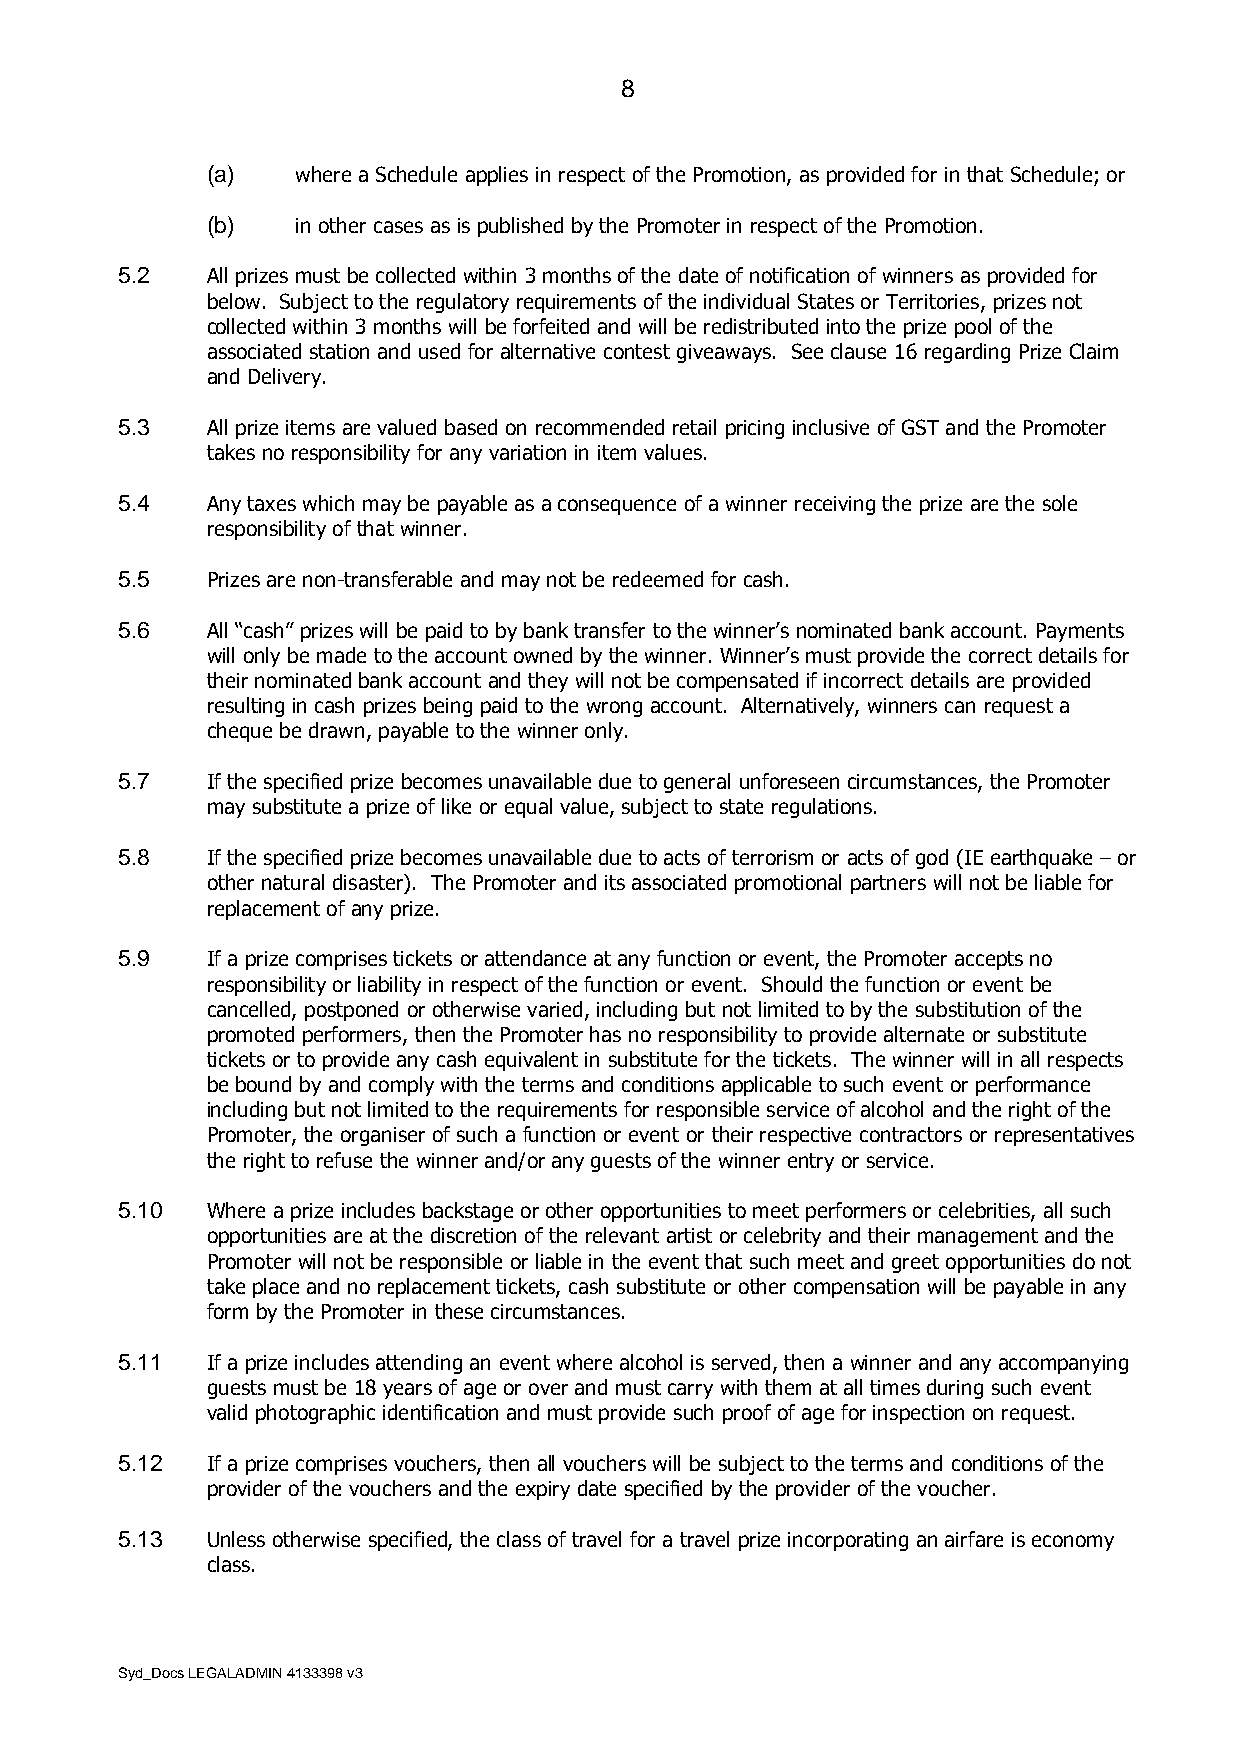
8
 (a)   where a Schedule applies in respect of the Promotion, as provided for in that Schedule; or
 (b)   in other cases as is published by the Promoter in respect of the Promotion.
 5.2   All prizes must be collected within 3 months of the date of notification of winners as provided for
 below. Subject to the regulatory requirements of the individual States or Territories, prizes not
 collected within 3 months will be forfeited and will be redistributed into the prize pool of the
 associated station and used for alternative contest giveaways. See clause 16 regarding Prize Claim
 and Delivery.
 5.3   All prize items are valued based on recommended retail pricing inclusive of GST and the Promoter
 takes no responsibility for any variation in item values.
 5.4   Any taxes which may be payable as a consequence of a winner receiving the prize are the sole
 responsibility of that winner.
 5.5   Prizes are non-transferable and may not be redeemed for cash.
 5.6   All “cash” prizes will be paid to by bank transfer to the winner’s nominated bank account. Payments
 will only be made to the account owned by the winner. Winner’s must provide the correct details for
 their nominated bank account and they will not be compensated if incorrect details are provided
 resulting in cash prizes being paid to the wrong account. Alternatively, winners can request a
 cheque be drawn, payable to the winner only.
 5.7   If the specified prize becomes unavailable due to general unforeseen circumstances, the Promoter
 may substitute a prize of like or equal value, subject to state regulations.
 5.8   If the specified prize becomes unavailable due to acts of terrorism or acts of god (IE earthquake – or
 other natural disaster). The Promoter and its associated promotional partners will not be liable for
 replacement of any prize.
 5.9   If a prize comprises tickets or attendance at any function or event, the Promoter accepts no
 responsibility or liability in respect of the function or event. Should the function or event be
 cancelled, postponed or otherwise varied, including but not limited to by the substitution of the
 promoted performers, then the Promoter has no responsibility to provide alternate or substitute
 tickets or to provide any cash equivalent in substitute for the tickets. The winner will in all respects
 be bound by and comply with the terms and conditions applicable to such event or performance
 including but not limited to the requirements for responsible service of alcohol and the right of the
 Promoter, the organiser of such a function or event or their respective contractors or representatives
 the right to refuse the winner and/or any guests of the winner entry or service.
 5.10  Where a prize includes backstage or other opportunities to meet performers or celebrities, all such
 opportunities are at the discretion of the relevant artist or celebrity and their management and the
 Promoter will not be responsible or liable in the event that such meet and greet opportunities do not
 take place and no replacement tickets, cash substitute or other compensation will be payable in any
 form by the Promoter in these circumstances.
 5.11  If a prize includes attending an event where alcohol is served, then a winner and any accompanying
 guests must be 18 years of age or over and must carry with them at all times during such event
 valid photographic identification and must provide such proof of age for inspection on request.
 5.12  If a prize comprises vouchers, then all vouchers will be subject to the terms and conditions of the
 provider of the vouchers and the expiry date specified by the provider of the voucher.
 5.13  Unless otherwise specified, the class of travel for a travel prize incorporating an airfare is economy
 class.
 Syd_Docs LEGALADMIN 4133398 v3